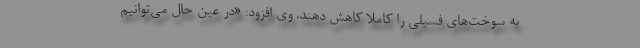
به سوخت‌های فسیلی را کاملا کاهش دهند. وی افزود: «در عین حال می‌توانیم